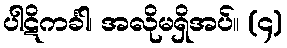
ပါဋိကင်္ခါ၊ အလိုမရှိအပ်။ (၄)